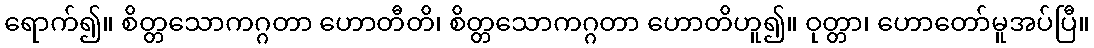
ရောက်၍။ စိတ္တသောကဂ္ဂတာ ဟောတီတိ၊ စိတ္တသောကဂ္ဂတာ ဟောတိဟူ၍။ ဝုတ္တာ၊ ဟောတော်မူအပ်ပြီ။